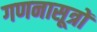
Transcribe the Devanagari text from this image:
गणनासूत्रों